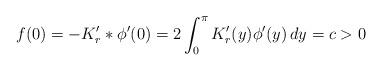
LaTeX: \begin{align*}f(0)=-K_r^\prime*\phi^\prime(0)=2\int_0^\pi K_r^\prime(y)\phi^\prime(y)\,dy=c>0\end{align*}